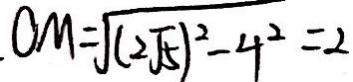
. O M = \sqrt { ( 2 \sqrt { 5 } ) ^ { 2 } - 4 ^ { 2 } } = 2